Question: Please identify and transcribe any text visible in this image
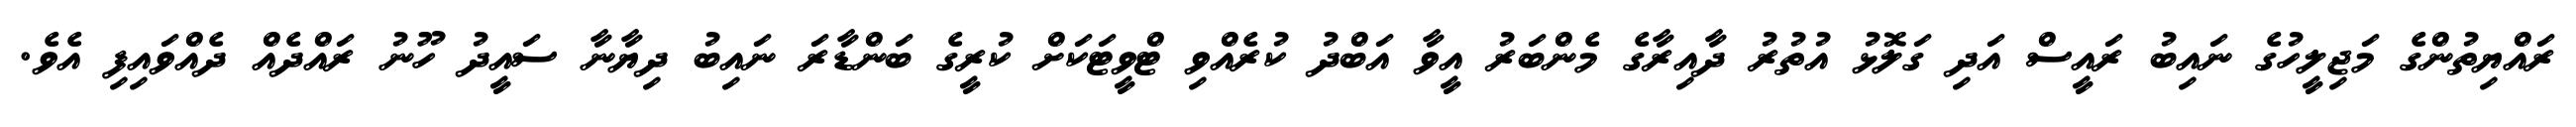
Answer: ރައްޔިތުންގެ މަޖިލީހުގެ ނައިބު ރައީސް އަދި ގަލޮޅު އުތުރު ދާއިރާގެ މެންބަރު އީވާ އަބްދު ކުރެއްވި ޓްވީޓަކަށް ކުރީގެ ބަންޑާރަ ނައިބު ދިޔާނާ ސައީދު ހޫނު ރައްދެއް ދެއްވައިފި އެވެ.